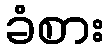
ခံစား